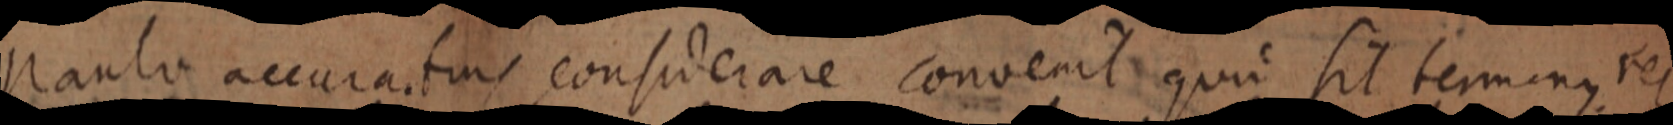
paulo accuratus considerare convenit quim sit terminus rei